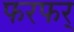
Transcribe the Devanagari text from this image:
फरफर्